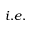
i . e .